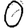
Digit: 0